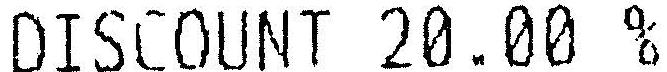
DISCOUNT 20.00 %